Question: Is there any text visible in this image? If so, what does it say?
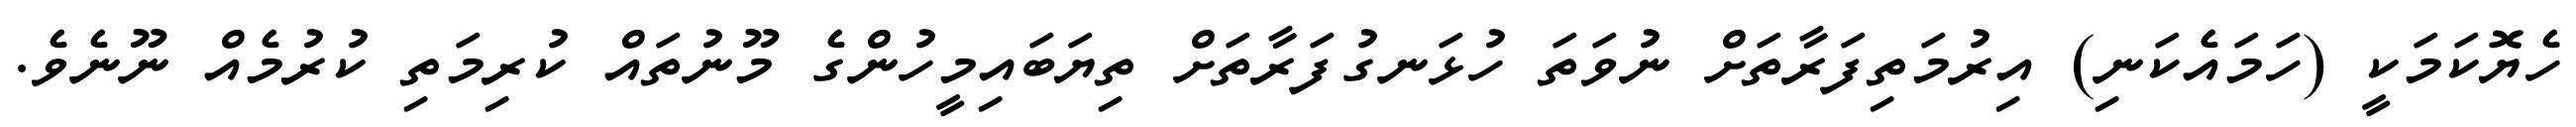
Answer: ހެޔޮކަމަކީ (ހަމައެކަނި) އިރުމަތިފަރާތަށް ނުވަތަ ހުޅަނގުފަރާތަށް ތިޔަބައިމީހުންގެ މޫނުތައް ކުރިމަތި ކުރުމެއް ނޫނެވެ.